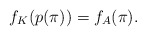
\begin{align*}f_K(p(\pi))=f_A(\pi).\end{align*}